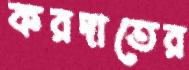
করদাতের